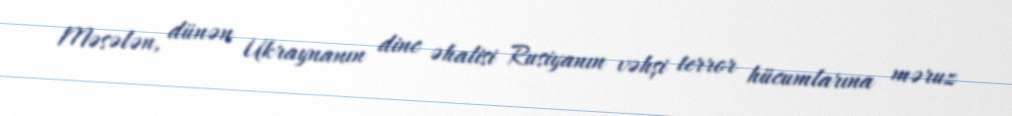
Məsələn, dünən Ukraynanın dinc əhalisi Rusiyanın vəhşi terror hücumlarına məruz